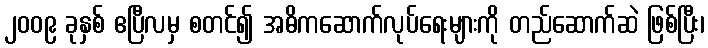
၂၀၀၉ ခုနှစ် ဧပြီလမှ စတင်၍ အဓိကဆောက်လုပ်ရေးများကို တည်ဆောက်ဆဲ ဖြစ်ပြီး၊